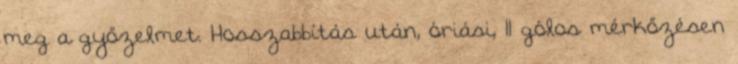
meg a győzelmet. Hosszabbítás után, óriási, 11 gólos mérkőzésen